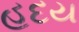
હદય